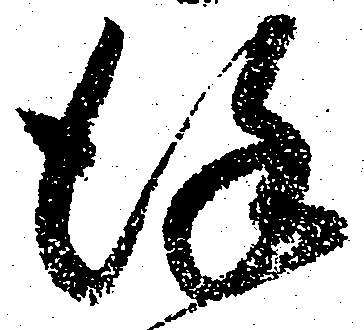
謹